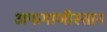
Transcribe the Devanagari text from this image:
अफगाणीस्तान